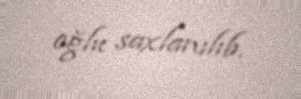
oğlu saxlanılıb.